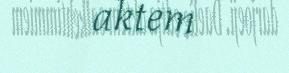
aktem